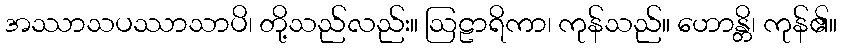
အဿာသပဿာသာပိ၊ တို့သည်လည်း။ ဩဠာရိကာ၊ ကုန်သည်။ ဟောန္တိ၊ ကုန်၏။